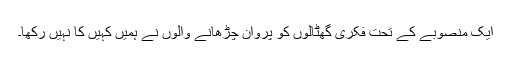
ایک منصوبے کے تحت فکری گھٹالوں کو پروان چڑھانے والوں نے ہمیں کہیں کا نہیں رکھا۔